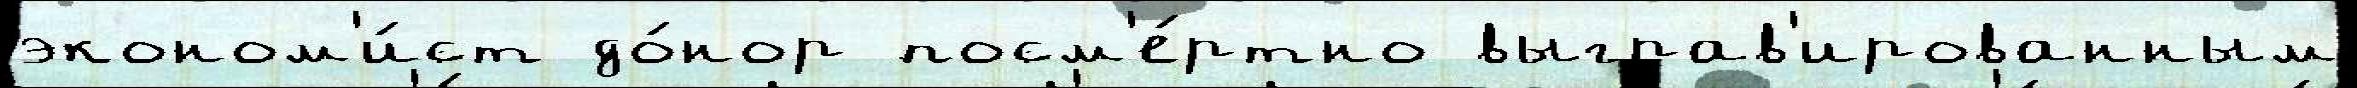
эконом'и́ст до́нор посм'е́ртно выграв'ированным